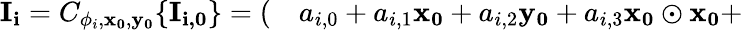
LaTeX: \begin{array}{rl}{\mathbf{I_{i}}=C_{\phi_{i},\mathbf{x_{0}},\mathbf{y_{0}}}\{ \mathbf{I_{i,0}}\} =(}&{{}a_{i,0}+a_{i,1}\mathbf{x_{0}}+a_{i,2}\mathbf{y_{0}}+a_{i,3}\mathbf{x_{0}\odot x_{0}}+}\end{array}